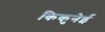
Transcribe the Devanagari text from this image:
किकुनेई